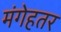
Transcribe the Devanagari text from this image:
मंगेहतर